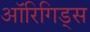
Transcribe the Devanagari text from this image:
ऑरिगिड्स